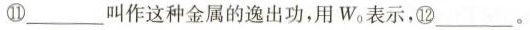
⑪___叫做这种金属的逸出功，用W_{0}表示，⑫___。